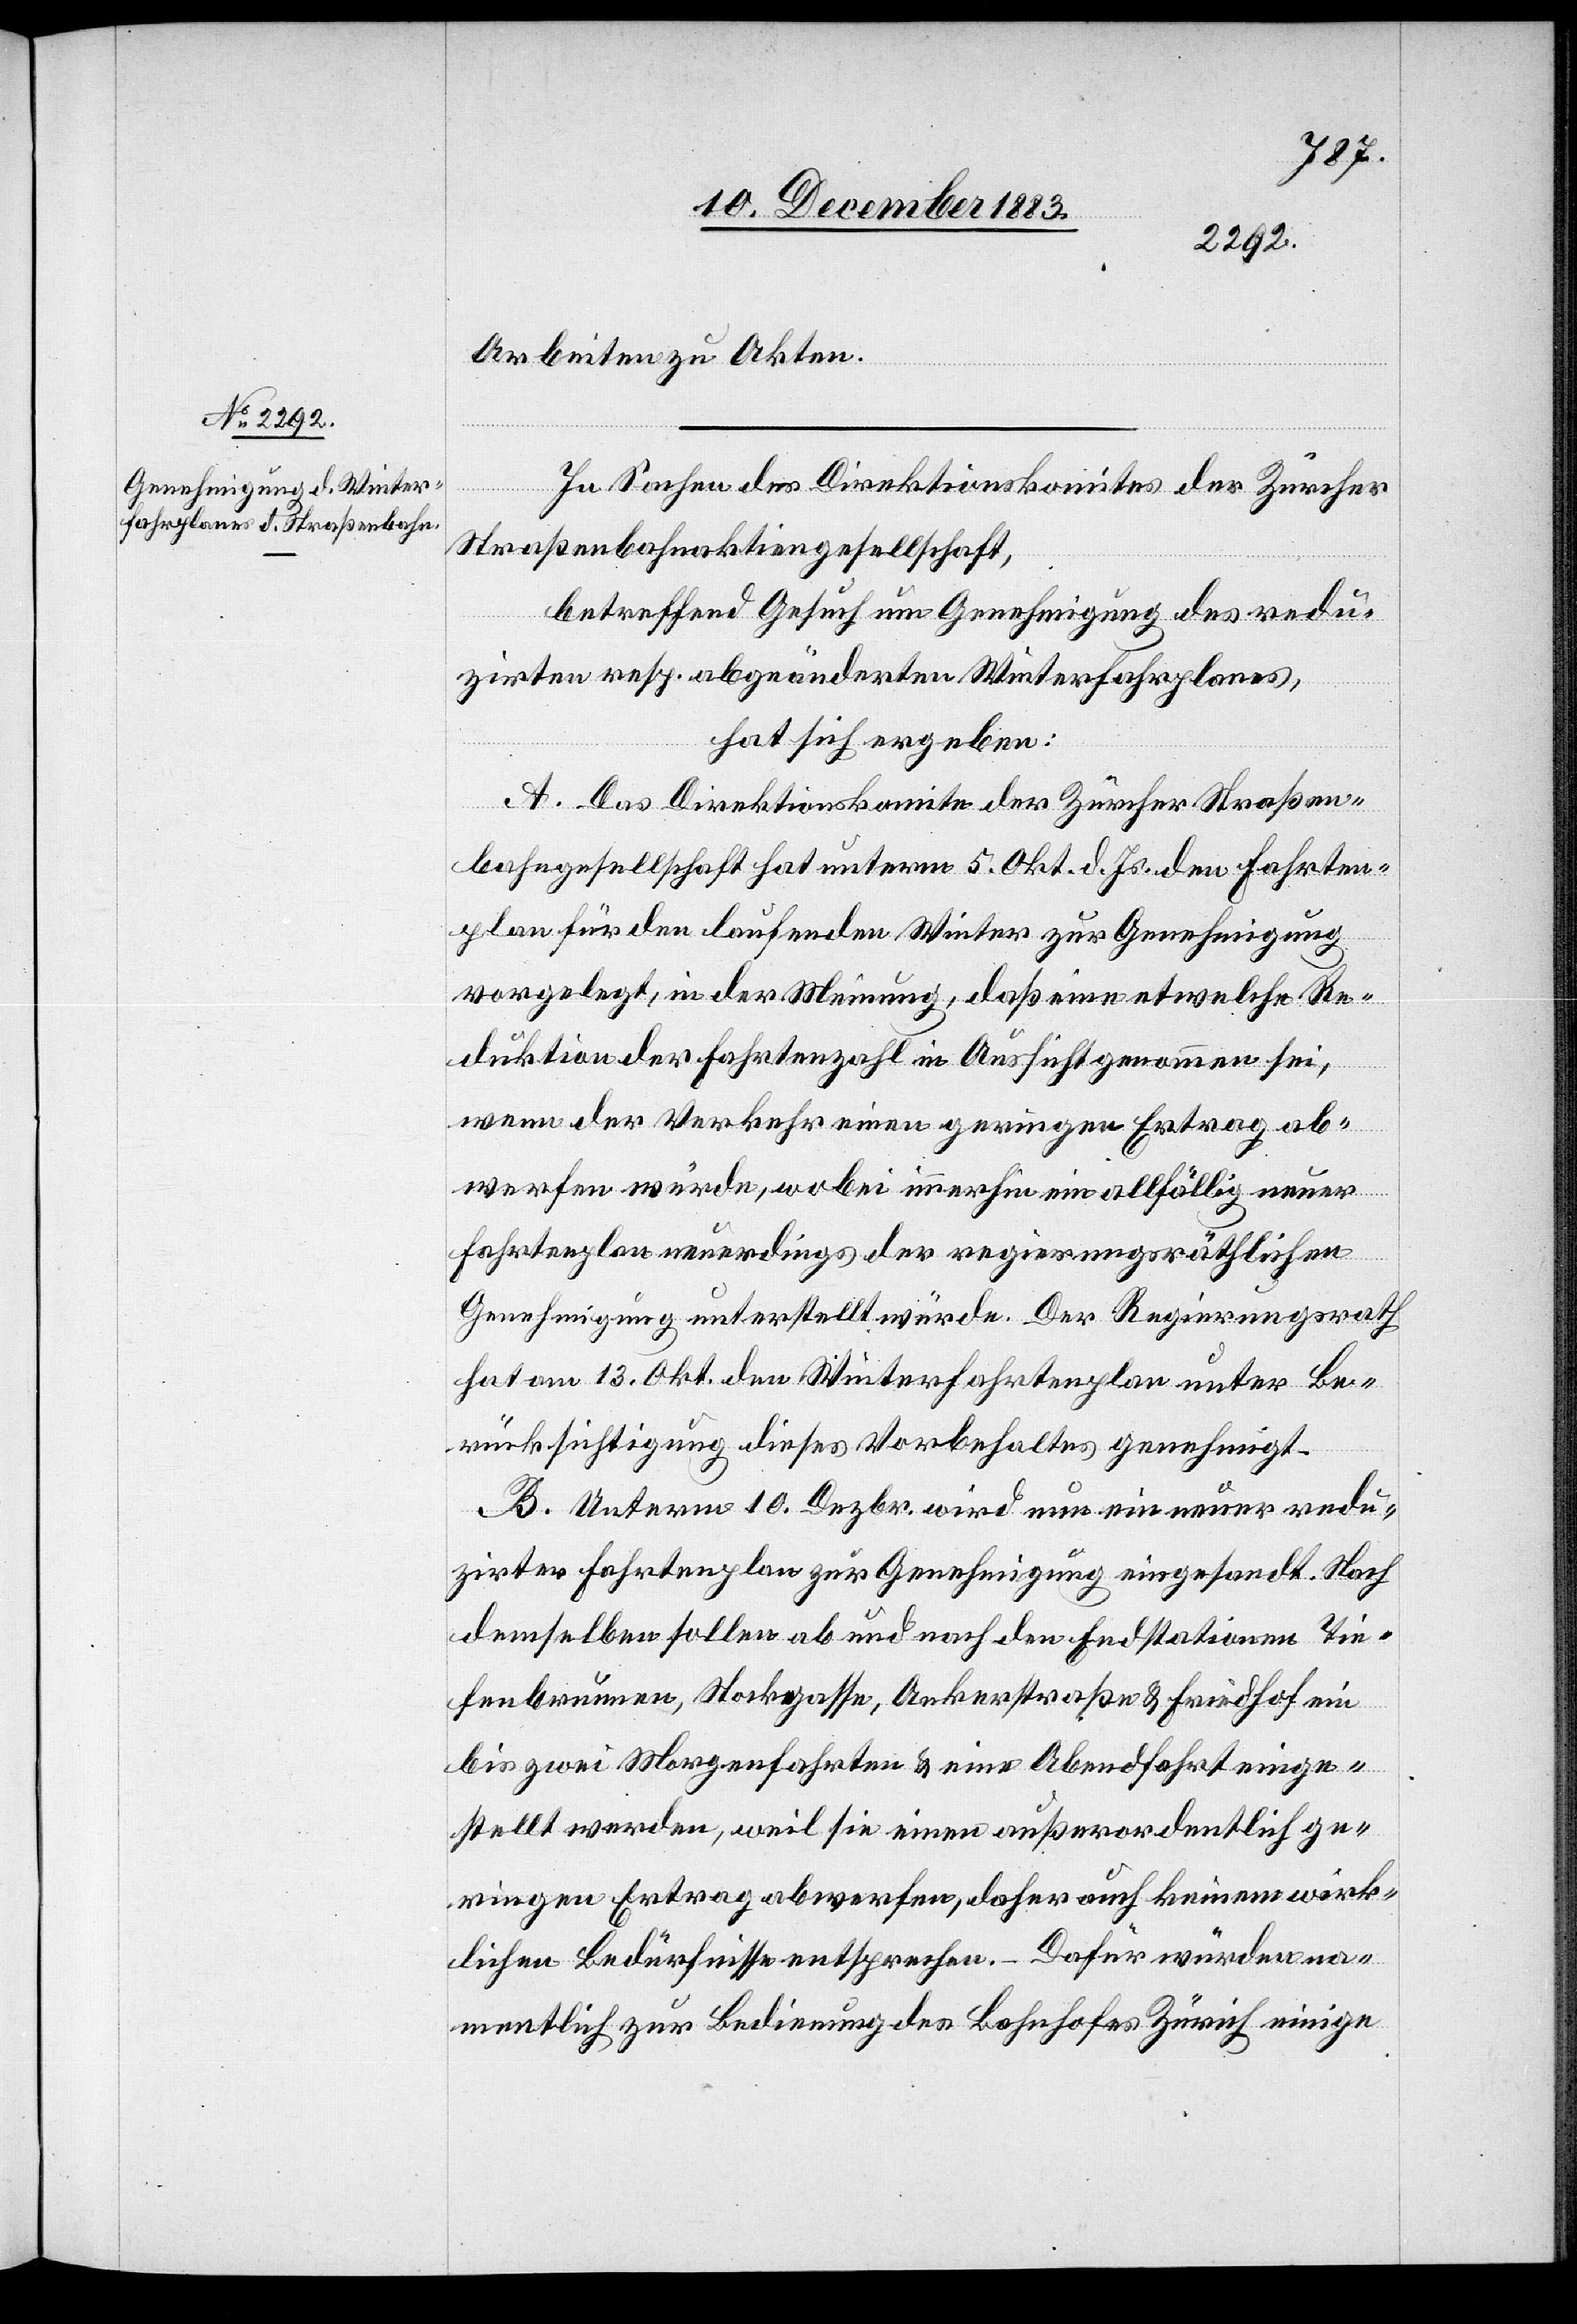
15. December 1883.]
Arbeiten zu Akten.
In Sachen des Direktionskomites der Zürcher
Straßenbahnaktiengesellschaft,
betreffend Gesuch um Genehmigung des redu¬
zirten resp. abgeänderten Winterfahrplanes,
hat sich ergeben:
A. Das Direktionskomite der Zürcher Straßen¬
bahngesellschaft unterm 5. Okt. d. Js. den Fahrten¬
plan für den laufenden Winter zur Genehmigung
vorgelegt, in der Meinung, daß eine etwelche Re¬
duktion der Fahrtenzahl in Aussicht genommen sei,
wenn der Verkehr einen geringen Ertrag ab¬
werfen würde, wobei immerhin ein allfällig neuer
Fahrtenplan neuerdings der regierungsräthlichen
Genehmigung unterstellt würde. Der Regierungsrath
hat am 13. Okt. den Winterfahrtenplan unter Be¬
rücksichtigung dieses Vorbehaltes genehmigt.
B. Unterm 10. Dezbr. wird nun ein neuer redu¬
zirter Fahrtenplan zur Genehmigung eingesandt. Nach
demselben sollen ab und nach den Endstationen Tie¬
fenbrunnen, Stockgasse, Ankerstraße & Friedhof ein
bis zwei Morgenfahrten & eine Abendfahrt einge¬
stellt werden, weil sie einen außerordentlich ge¬
ringen Ertrag abwerfen, daher auch keinem wirk¬
lichen Bedürfnisse entsprechen. – Dafür würden na¬
mentlich zur Bedienung des Bahnhofes Zürich einige